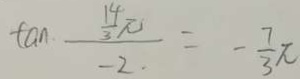
\tan \frac { \frac { 1 4 } { 3 } \pi } { - 2 \cdot } = - \frac { 7 } { 3 } \pi